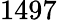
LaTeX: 1497